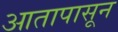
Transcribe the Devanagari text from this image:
आतापासून